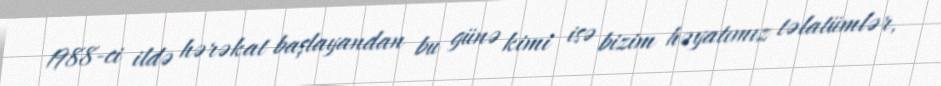
1988-ci ildə hərəkat başlayandan bu günə kimi isə bizim həyatımız təlatümlər,